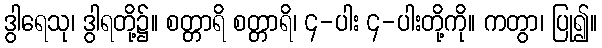
ဒွါရေသု၊ ဒွါရတို့၌။ စတ္တာရိ စတ္တာရိ၊ ၄-ပါး ၄-ပါးတို့ကို။ ကတွာ၊ ပြု၍။